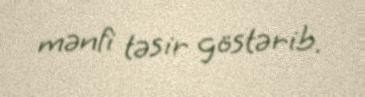
mənfi təsir göstərib.